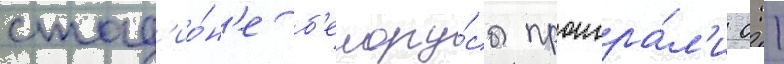
стад'ио́н'е б'елору́сы проигра́л'и 0:1